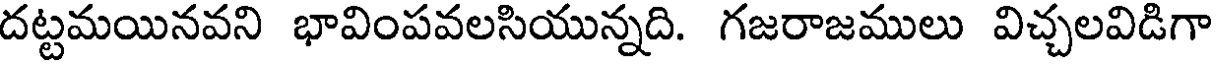
దట్టమయినవని భావింపవలసియున్నది. గజరాజములు విచ్చలవిడిగా